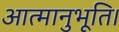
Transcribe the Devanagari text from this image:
आत्मानुभूति।